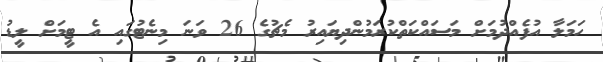
ހަމަލާ އުފެއްދުމަށް މަސައްކަތްކުރަމުންދިޔައިރު މެޗުގެ 26 ވަނަ މިނެޓުގައި އެ ޓީމަށް ލީޑު